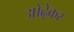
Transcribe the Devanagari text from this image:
ओढ़ेकर